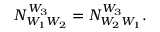
N _ { W _ { 1 } W _ { 2 } } ^ { W _ { 3 } } = N _ { W _ { 2 } W _ { 1 } } ^ { W _ { 3 } } .